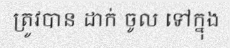
ត្រូវបាន ដាក់ ចូល ទៅក្នុង